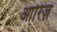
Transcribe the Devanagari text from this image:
आरिज़